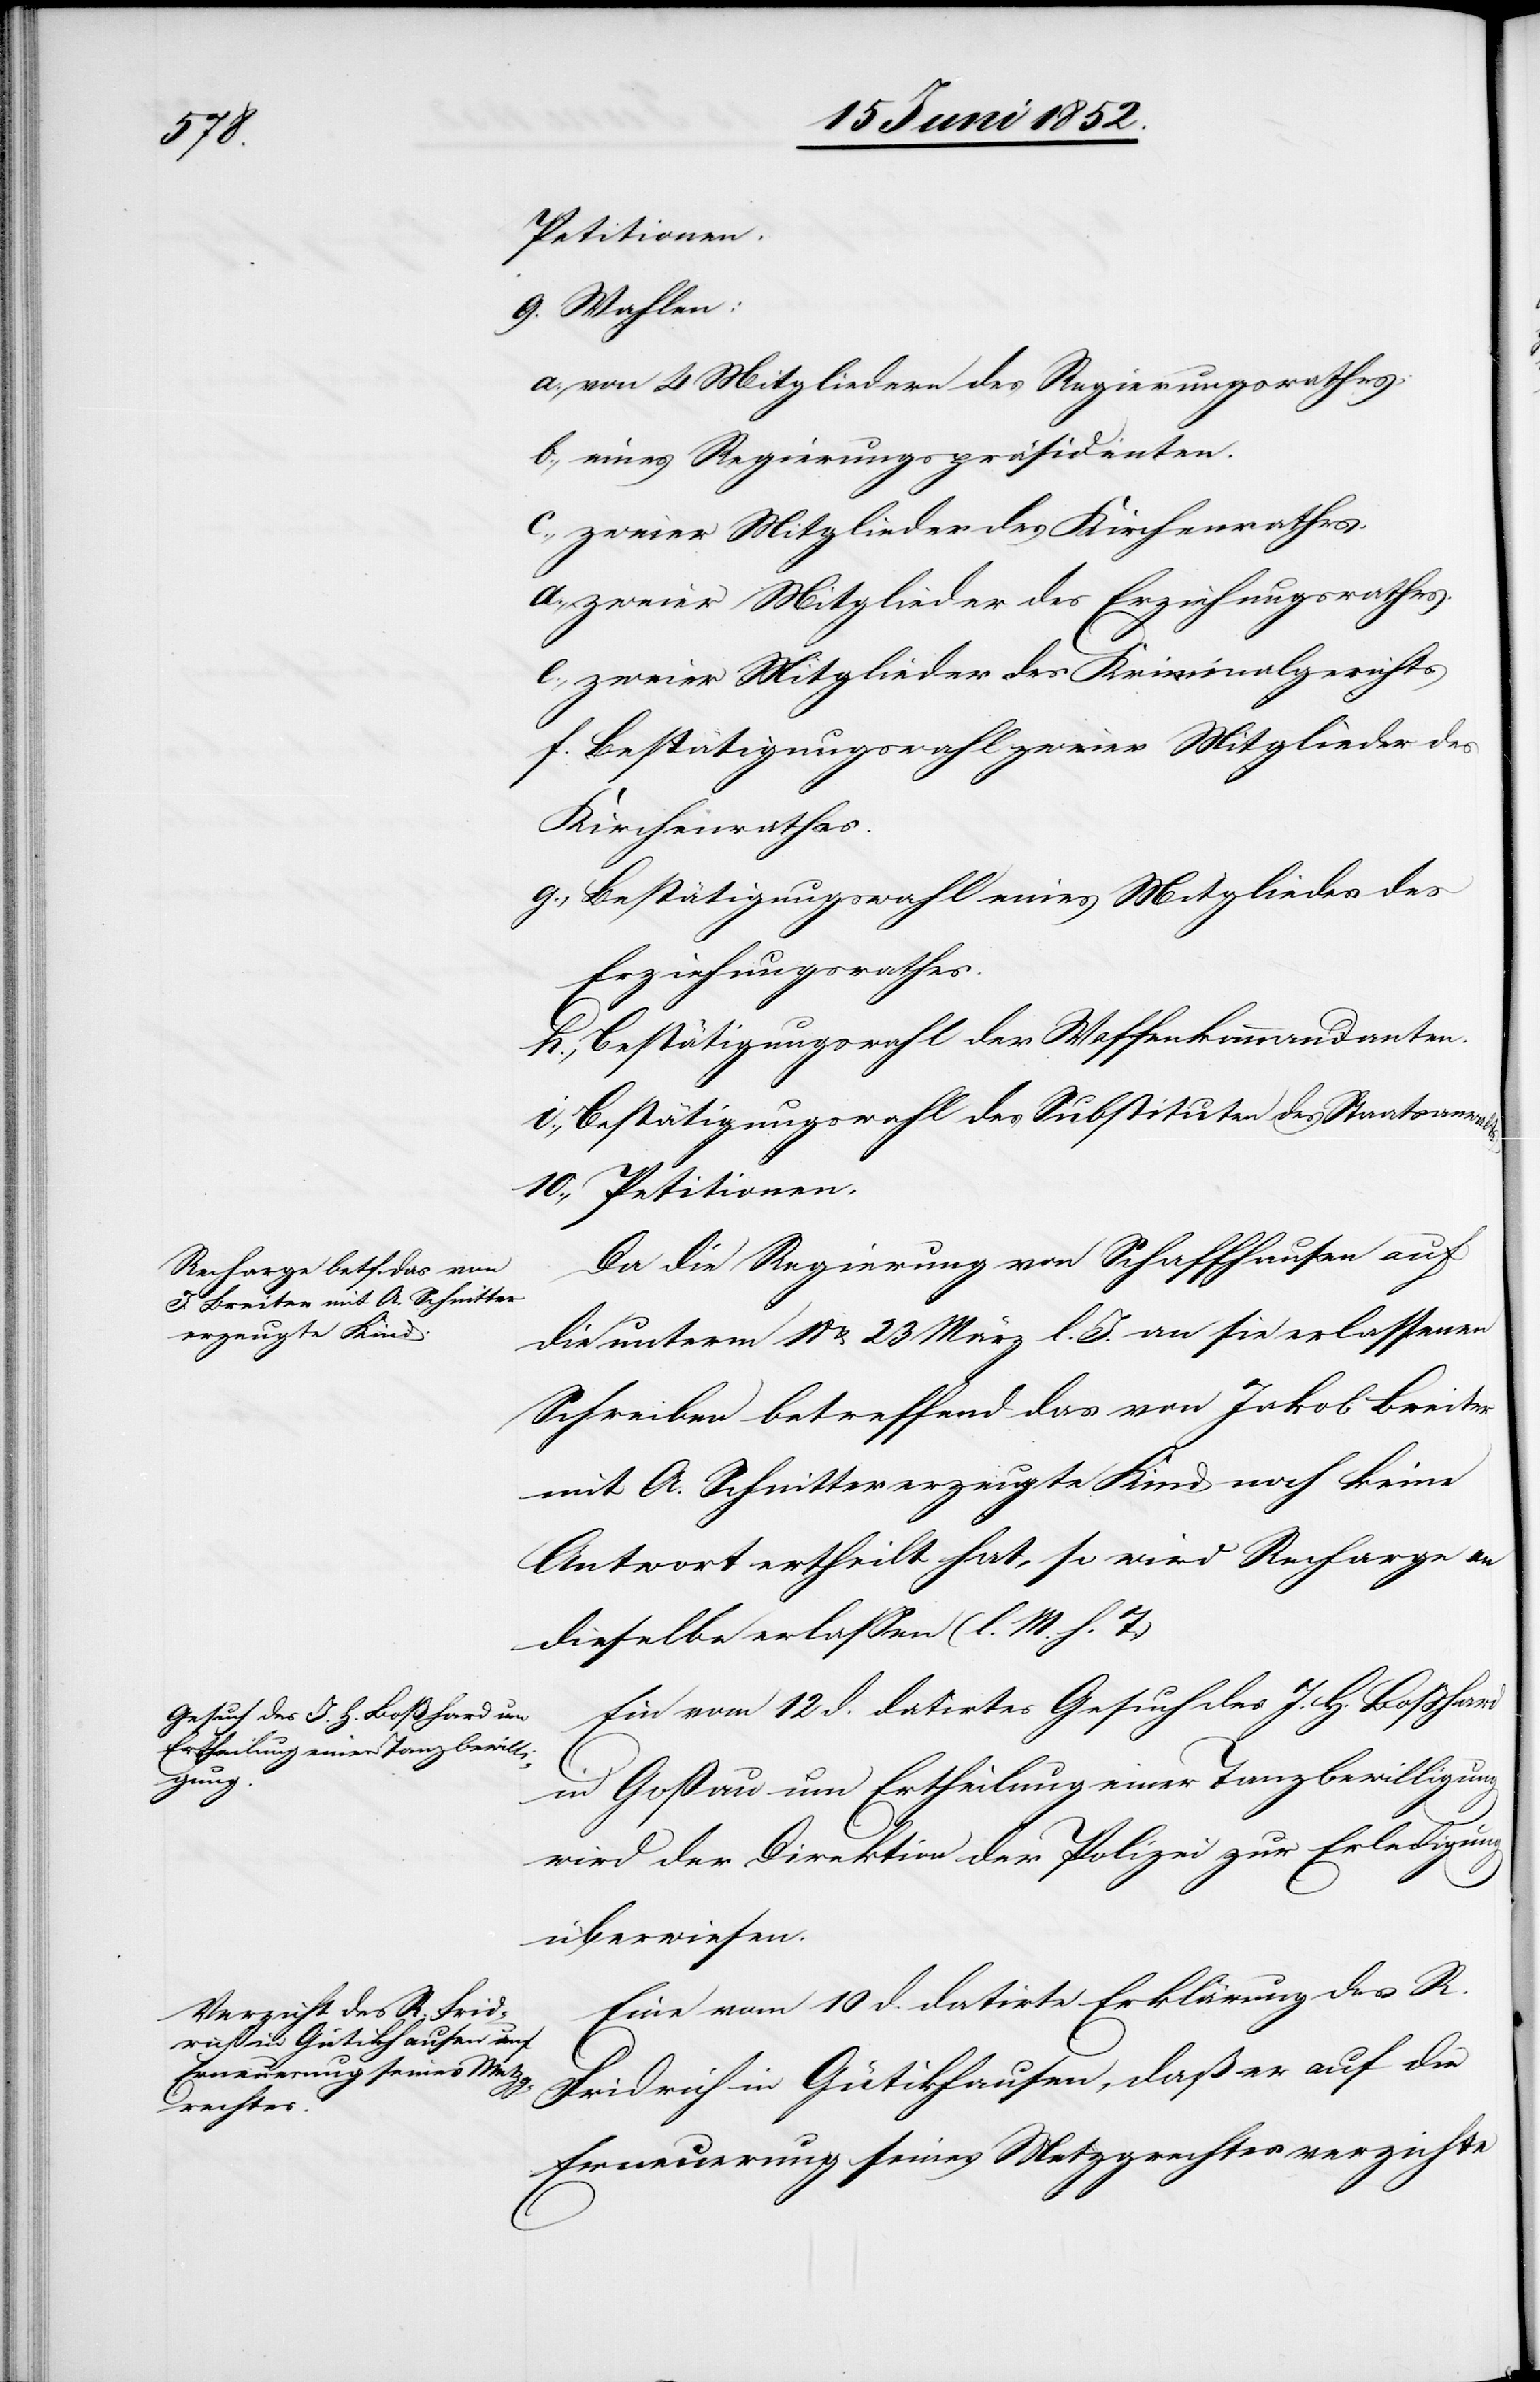
lts.

Petitionen.
von 4 Mitgliedern des Regierungsrathes;
eines Regierungspräsidenten.
zweier Mitglieder des Kirchenrathes.
zweier Mitglieder des Erziehungsrathes.
zweier Mitglieder des Kriminalgerichts.
Bestätigungswahl zweier Mitglieder des
Kirchenrathes.
Bestätigungswahl eines Mitgliedes des
Erziehungsrathes.
Bestätigungswahl der Waffenkommandanten.
Bestätigungswahl des Substituten des Staatsanwa¬
Da die Regierung von Schaffhausen auf
die unterm 18 & 23 März l. J. an sie erlassenen
Schreiben betreffend das von Jakob Breiter
mit A. Schnitter erzeugte Kind noch keine
Antwort ertheilt hat, so wird Recharge an
dieselbe erlassen (l. M. h. T.)
Ein vom 12 d. datirtes Gesuch des J. H. Boßhard
in Goßau um Ertheilung einer Tanzbewilligung
wird der Direktion der Polizei zur Erledigung
überwiesen.
Eine vom 10 d. datirte Erklärung des R.
Fridrich in Gütikhausen, daß er auf die
Erneuerung seines Metzgrechtes verzichte